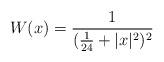
LaTeX: \begin{align*}W(x)=\frac{1}{(\frac{1}{24}+|x|^2)^2}\end{align*}